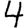
Digit: 4